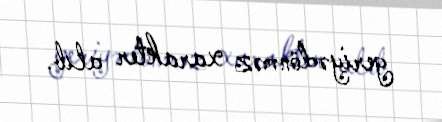
geriyədönməz xarakter alıb.